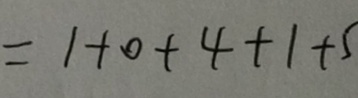
= 1 + 0 + 4 + 1 + 5